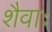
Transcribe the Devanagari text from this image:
शैवाः